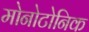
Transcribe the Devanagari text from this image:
मोनोटोनिक